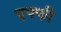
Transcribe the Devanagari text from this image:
एफ्फी